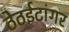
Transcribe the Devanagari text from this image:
ठेठईटांगर